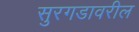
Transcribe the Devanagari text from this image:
सुरगडावरील